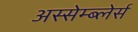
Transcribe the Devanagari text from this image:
अस्सेम्ब्लेर्स